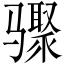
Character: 骤